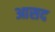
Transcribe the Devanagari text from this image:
आसद